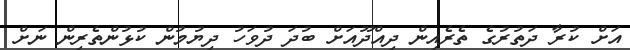
އަށް ކުރާ ދަތުރުގެ ތެރެއިން ދިއްދޫއަށް ބުދަ ދުވަހު ދިޔުމުން ކުޅުންތެރިން ނަށް